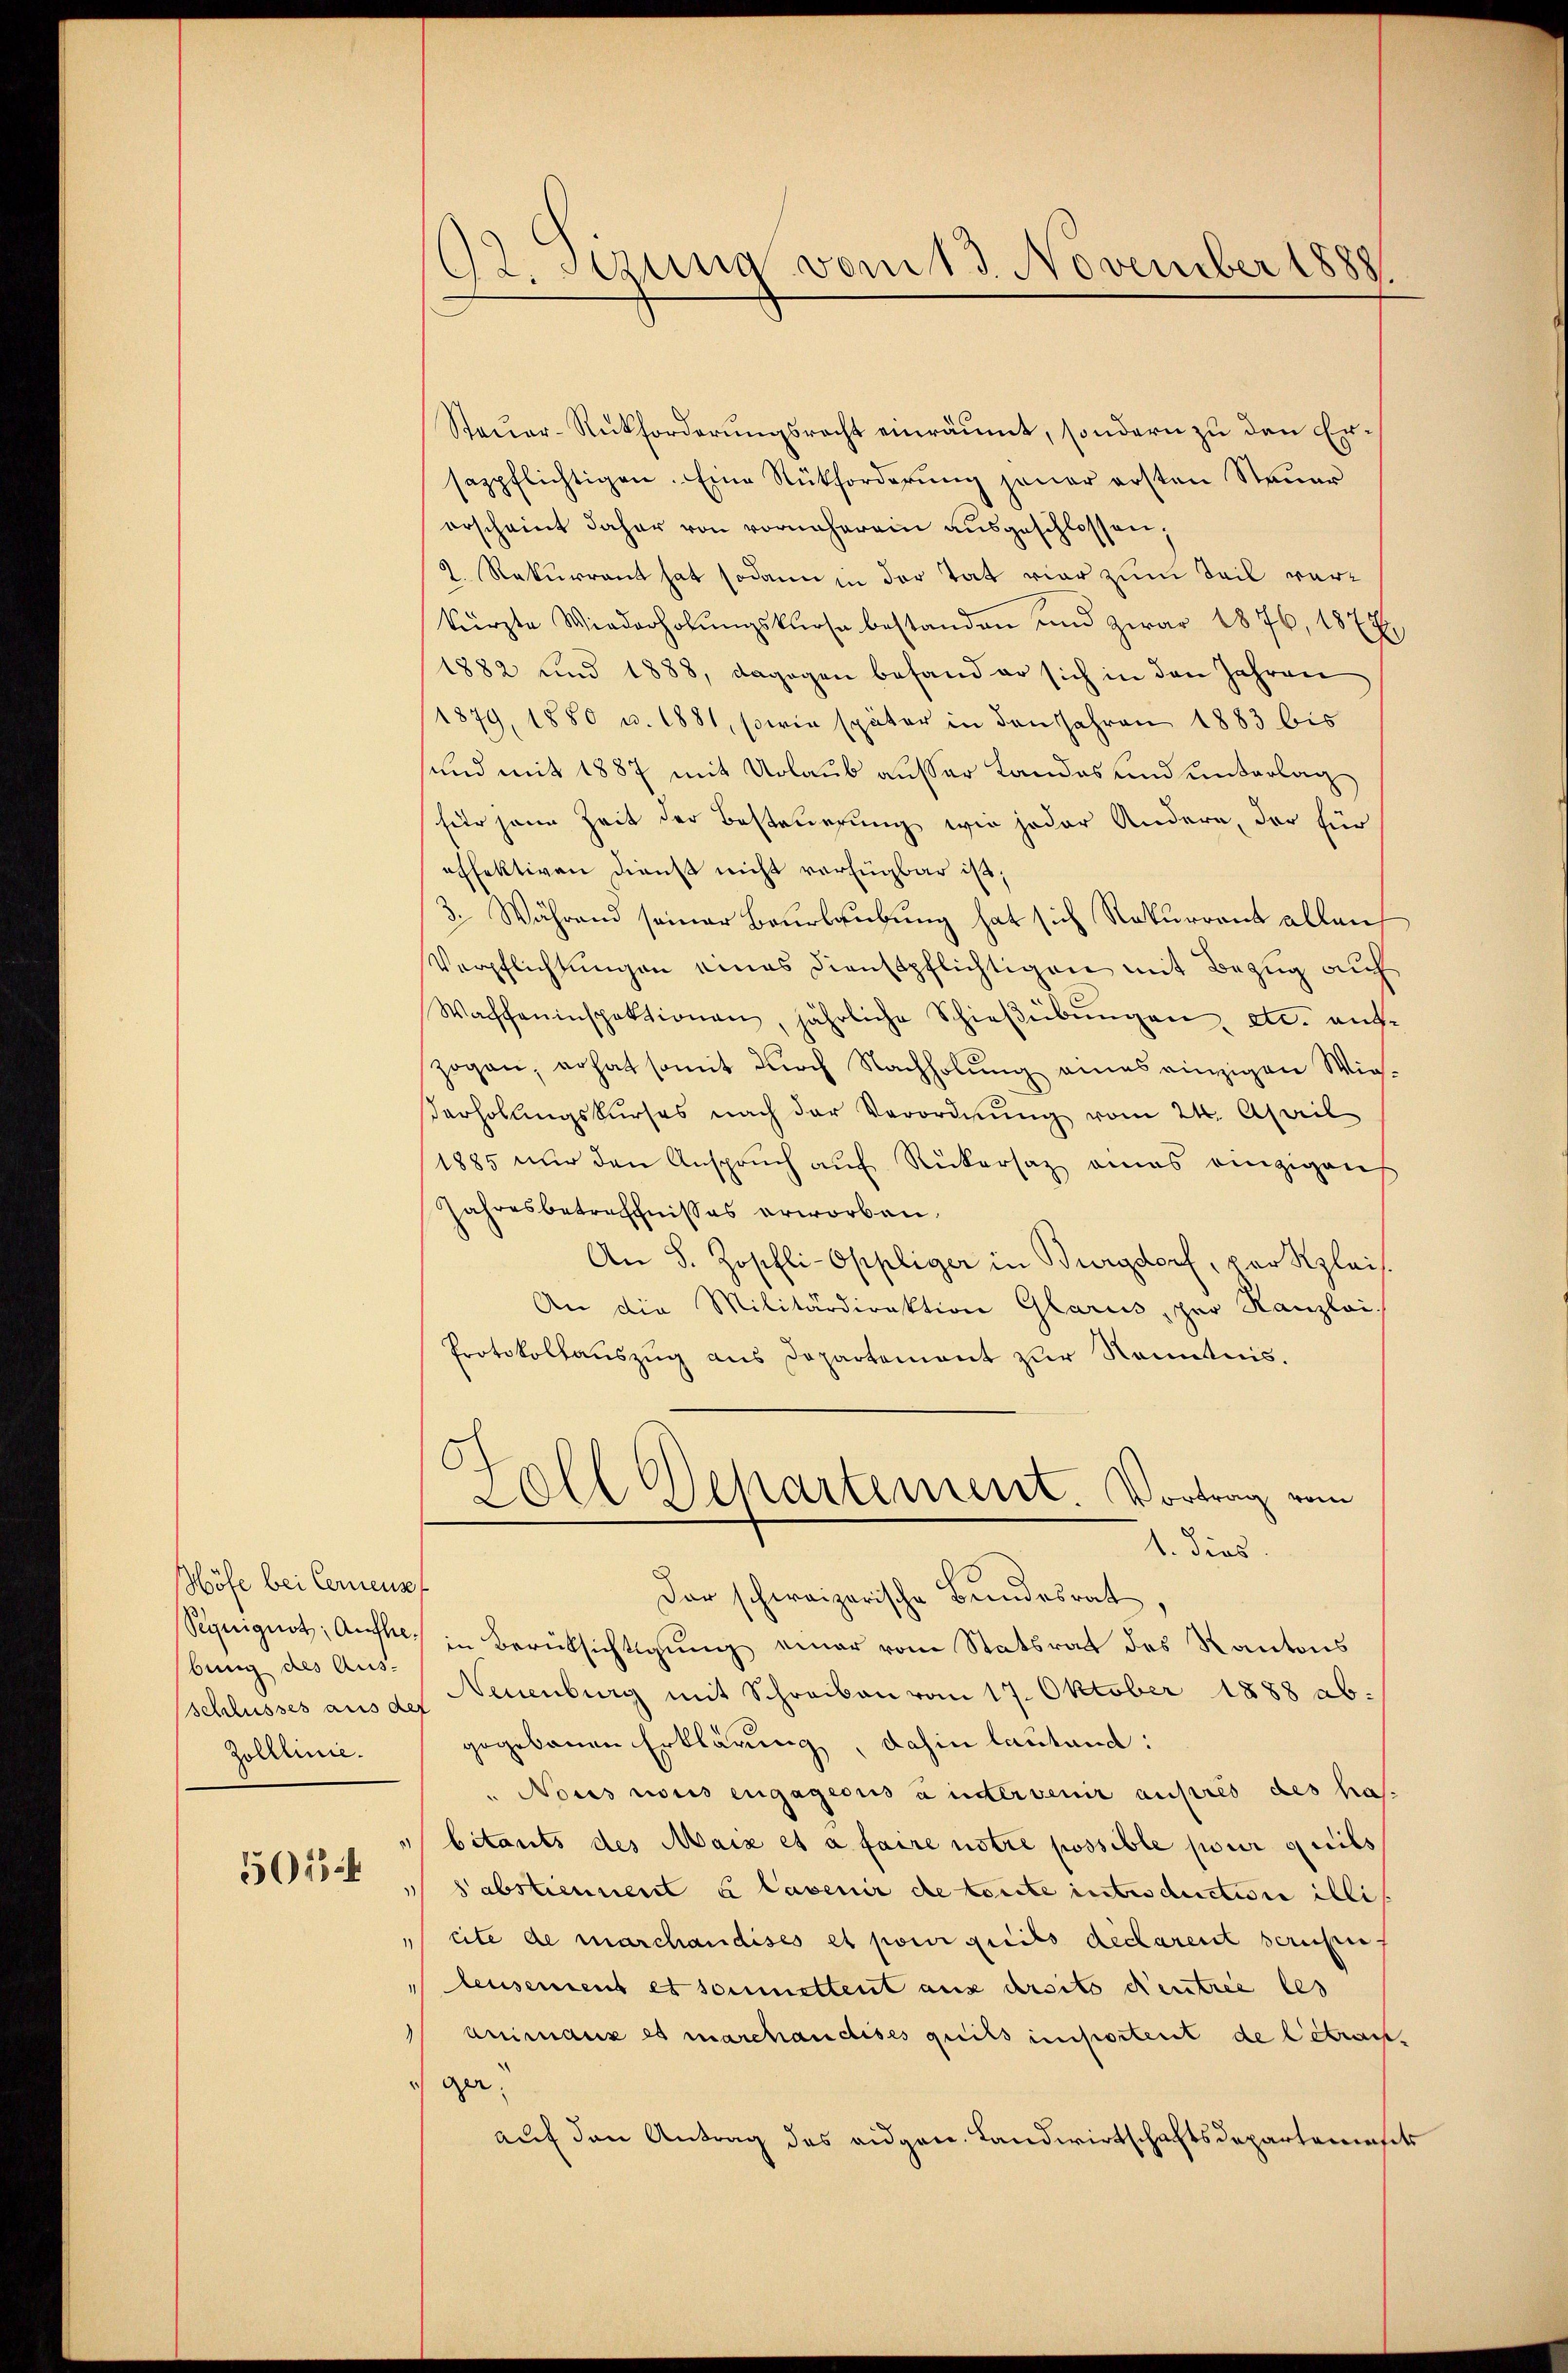
Höfe bei Cereust
bung des Aus-
Schlusses aus der
Zolllinie.

501

1

192. Sizung vom 13. November 1888.

Steŭer-Rückforderŭngsrecht einräumt, sondern zu den Ersappflichtigen. Eine Rückforderŭng jener ersten Steuer
erscheint daher von vornherein ausgeschlossen,
2. Rekurrent hat sodann in der Tat vier zum Teil verkürzte Wiederholŭngskurse bestanden und zwar 1876, 1872
1882 und 1888, dagegen befand er sich in den Jahren
1879, 1880 u. 1881, sowie später in den Jahren 1883 bis
sund mit 1887 mit Urlaub ausser Landes und unterlag
für jene Zeit der Besteuerung wie jeder Andere, der für
effektiven Dienst nicht verfügbar ist;
3. Während seiner Beurlaubung hat sich Rekurrent allei
Verpflichtungen eines Dienstpflichtigen mit Bezug auf
Wachseninspektionen, jährliche Schieβübŭngen etc. ent-
zogen, erhat somit durch Nachholung eines einzigen Wigerholŭngskurses nach der Verordnŭng vom 24. April
1885 nur den Anspruch auf Rückersatz eines einzigens
Jahresbetreffnisses erworben.
An S. Josefli-Oppliger in Burgdorf, par Kleis
An die Militärdirektion Glarus, per Kanzlei,
Protokollauszug aus Departement zur Kenntnis.
.
l Departement. Vortrag vom
l. dies
Dar schweizerische Bundesrat.
Seeignet, Aufl. in Berücksichtigung einer vom Statsrat des Kantons
Neuenburg mit Schreiben vom 17. Oktober 1888 ab.
gegebenen Erklärung, dahin lautend:
" Nous rouis engageons à intervenir ausres des ha
bitants des Maix et à faire notre possible pour dies
sabstiennent u lavenir de toute introduction illi
cite de marchandises et pour peits déclarent berufen.
leusement es soumettent aus dersito centrie les
animaux es marchanchises quils importent de betrac
ger.
auf den Antrag des eidgen. Landwirtschaftsdepartaminfels